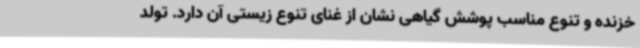
خزنده و تنوع مناسب پوشش گیاهی نشان از غنای تنوع زیستی آن دارد. تولد